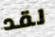
لقد